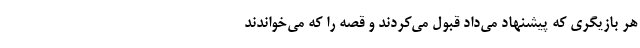
هر بازیگری که پیشنهاد می‌داد قبول می‌کردند و قصه را که می‌خواندند